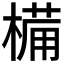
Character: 𣖾